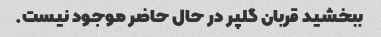
ببخشید قربان گلپر در حال حاضر موجود نیست.